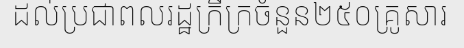
ដល់ប្រជាពលរដ្ឋក្រីក្រចំនួន២៥០គ្រូសារ